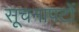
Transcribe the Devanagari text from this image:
सूचनापटों